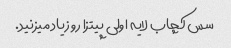
سس کچاب لایه اولی پیتزا رو زیاد میزنید.